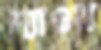
দ্যাওন